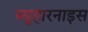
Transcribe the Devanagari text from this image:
ब्यूहारनाइस